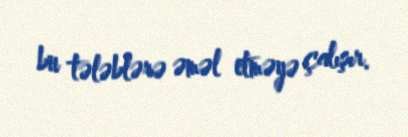
bu tələblərə əməl etməyə çalışır.